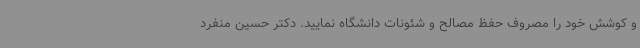
و کوشش خود را مصروف حفظ مصالح و شئونات دانشگاه نمایید. دکتر حسین منفرد